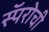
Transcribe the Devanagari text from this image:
स्पॅरोची